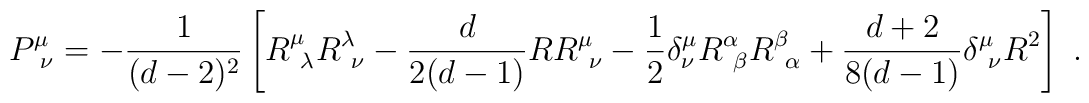
P^\mu_{\ \nu } =  -{1\over (d-2)^2}                \left[                 R^\mu_{\ \lambda} R^\lambda_{\ \nu}                  -{d\over 2(d-1)}R R^\mu_{\ \nu}                 -{1\over 2}\delta^\mu_\nu R^\alpha_{\ \beta} R^\beta_{\ \alpha}                +{d+2\over 8(d-1)} \delta^\mu_{\ \nu} R^2                \right]  \ .